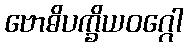
ဗောဓိပက္ခိယဝဂ္ဂေါ